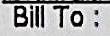
BILL TO: